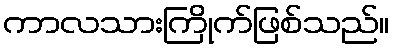
ကာလသားကြိုက်ဖြစ်သည်။